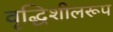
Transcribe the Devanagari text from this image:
वृद्धिशीलरूप